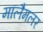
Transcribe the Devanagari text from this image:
मालैमलर